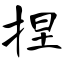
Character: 捏